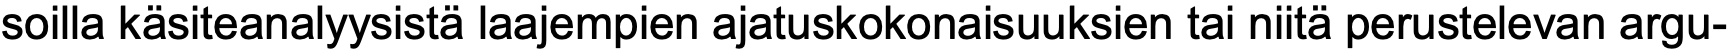
soilla käsiteanalyysistä laajempien ajatuskokonaisuuksien tai niitä perustelevan argu-